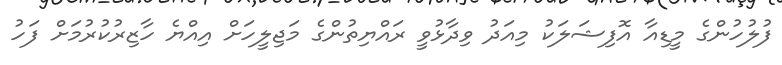
ފުލުހުންގެ މީޑިއާ އޮފިޝަލަކު މިއަދު ވިދާޅުވީ ރައްޔިތުންގެ މަޖިލީހަަށް އިއްްޔެ ހާޒިރުކުރުމަށް ފަހު